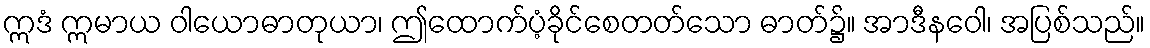
ဣဒံ ဣမာယ ဝါယောဓာတုယာ၊ ဤထောက်ပံ့ခိုင်စေတတ်သော ဓာတ်၌။ အာဒီနဝေါ၊ အပြစ်သည်။